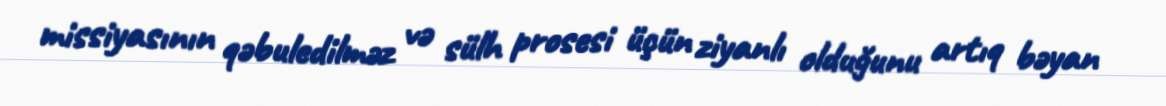
missiyasının qəbuledilməz və sülh prosesi üçün ziyanlı olduğunu artıq bəyan